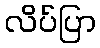
လိပ်ပြာ